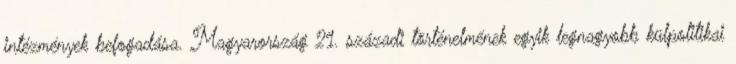
intézmények befogadása. Magyarország 21. századi történelmének egyik legnagyobb külpolitikai